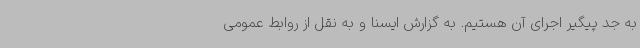
به جد پیگیر اجرای آن هستیم. به گزارش ایسنا و به نقل از روابط عمومی